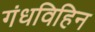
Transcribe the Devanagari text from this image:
गंधविहिन